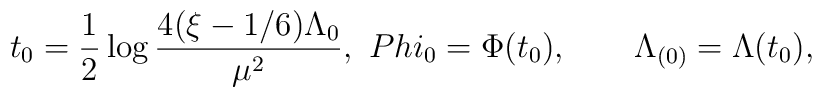
t_0 =  \frac{1}{2} \log \frac{4(\xi - 1/6)\Lambda_0}{\mu^2}, \ \ \\ \ \\Phi_0= \Phi(t_0), \ \ \ \ \ \ \Lambda_{(0)}=\Lambda (t_0),